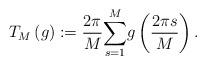
LaTeX: \begin{align*}T_{M}\left( g\right) :=\frac{2\pi}{M}{\displaystyle\sum_{s=1}^{M}}g\left( \frac{2\pi s}{M}\right) . \end{align*}